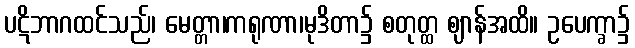
ပဋိဘာဂထင်သည်၊ မေတ္တာ၊ကရုဏာ၊မုဒိတာ၌ စတုတ္ထ ဈာန်အထိ။ ဥပေက္ခာ၌